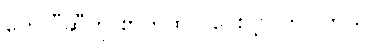
ဟေလီဆီကို စာတထုပ် ပေးပို့လိုက်ပါတယ်။